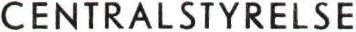
CENTRALSTYRELSE